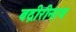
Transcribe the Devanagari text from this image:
बद्रीरीनाथ